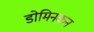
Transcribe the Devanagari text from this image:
डोमिनकन